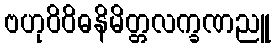
ဗဟုဝိဝိဓနိမိတ္တလက္ခဏညူ